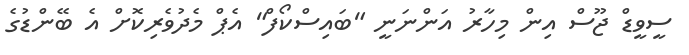
ސީވީޑް ޖޫސް އިން މިހާރު އަންނަނީ "ބައިސްކޯފް" އެޕް މެދުވެރިކޮށް އެ ބޭންޑުގެ